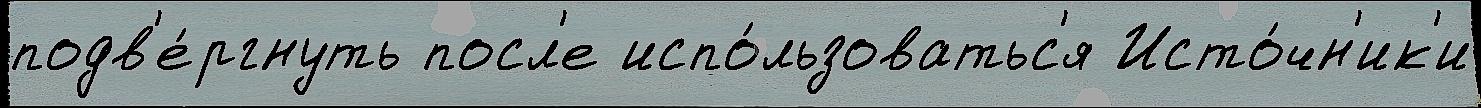
подв'е́ргнуть посл'е испо́льзоватьс'я Исто́чн'ик'и